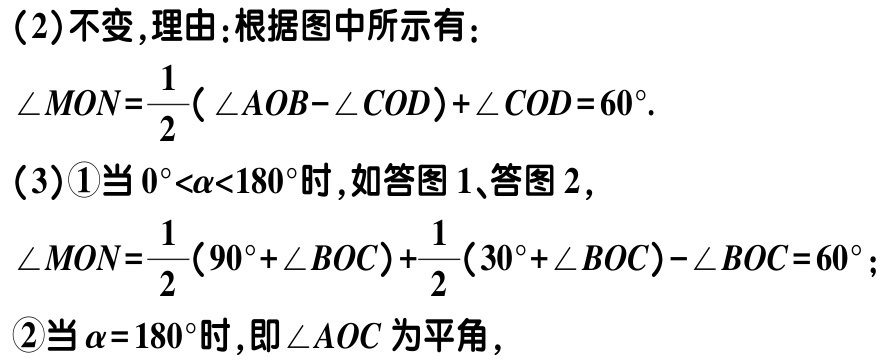
（2）不变,理由：根据图中所示有：

\(\angle MON=\frac{1}{2}(\angle AOB - \angle COD)+\angle COD = 60^{\circ}\).

（3）\textcircled{1}当\(0^{\circ}<\alpha<180^{\circ}\)时,如答图1、答图2,

\(\angle MON=\frac{1}{2}(90^{\circ}+\angle BOC)+\frac{1}{2}(30^{\circ}+\angle BOC)-\angle BOC = 60^{\circ}\);

\textcircled{2}当\(\alpha = 180^{\circ}\)时,即\(\angle AOC\)为平角,